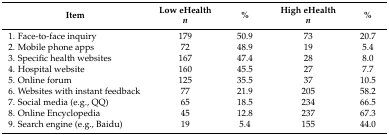
| Item | Low eHealthn | % | High eHealthn | % |
 | --- | --- | --- | --- | --- |
 | 1. Face-to-face inquiry | 179 | 50.9 | 73 | 20.7 |
 | 2. Mobile phone apps | 72 | 48.9 | 19 | 5.4 |
 | 3. Specific health websites | 167 | 47.4 | 28 | 8.0 |
 | 4. Hospital website | 160 | 45.5 | 27 | 7.7 |
 | 5. Online forum | 125 | 35.5 | 37 | 10.5 |
 | 6. Websites with instant feedback | 77 | 21.9 | 205 | 58.2 |
 | 7. Social media (e.g., QQ) | 65 | 18.5 | 234 | 66.5 |
 | 8. Online Encyclopedia | 45 | 12.8 | 237 | 67.3 |
 | 9. Search engine (e.g., Baidu) | 19 | 5.4 | 155 | 44.0 |